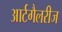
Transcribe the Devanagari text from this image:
आर्टगैलरीज